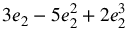
3 e _ { 2 } - 5 e _ { 2 } ^ { 2 } + 2 e _ { 2 } ^ { 3 }